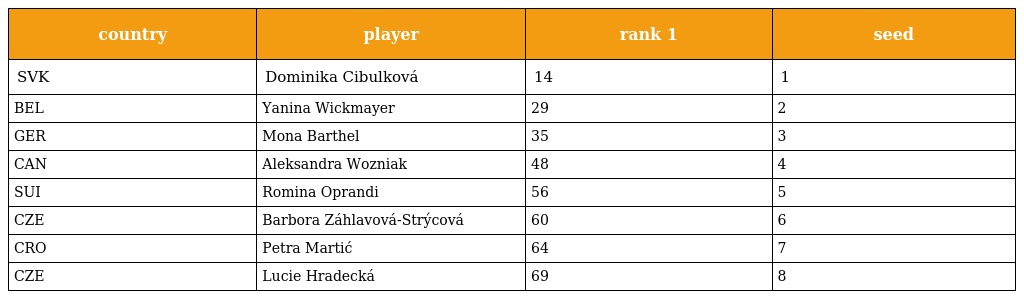
| country | player | rank 1 | seed |
 | --- | --- | --- | --- |
 | SVK | Dominika Cibulková | 14 | 1 |
 | BEL | Yanina Wickmayer | 29 | 2 |
 | GER | Mona Barthel | 35 | 3 |
 | CAN | Aleksandra Wozniak | 48 | 4 |
 | SUI | Romina Oprandi | 56 | 5 |
 | CZE | Barbora Záhlavová-Strýcová | 60 | 6 |
 | CRO | Petra Martić | 64 | 7 |
 | CZE | Lucie Hradecká | 69 | 8 |